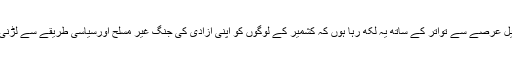
میں طویل عرصے سے تواتر کے ساتھ یہ لکھ رہا ہوں کہ کشمیر کے لوگوں کو اپنی آزادی کی جنگ غیر مسلح اورسیاسی طریقے سے لڑنی چاہیے۔